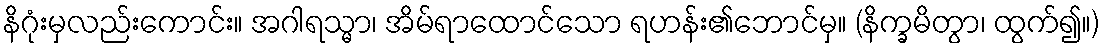
နိဂုံးမှလည်းကောင်း။ အဂါရသ္မာ၊ အိမ်ရာထောင်သော ရဟန်း၏ဘောင်မှ။ (နိက္ခမိတွာ၊ ထွက်၍။)